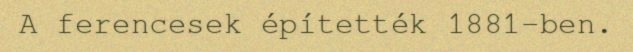
A ferencesek építették 1881-ben.